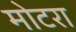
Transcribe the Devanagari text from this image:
मोटरा